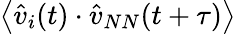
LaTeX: \left<\hat{v}_{i}(t)\cdot\hat{v}_{NN}(t+\tau)\right>